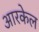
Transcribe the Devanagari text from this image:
आरकेल